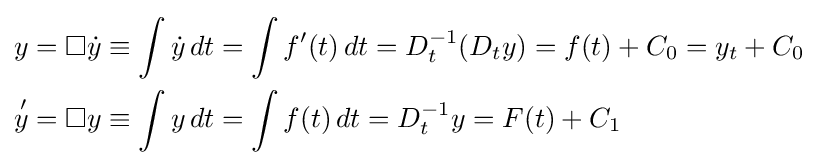
{\begin{aligned}y&=\Box {\dot {y}}\equiv \int {\dot {y}}\,dt=\int f'(t)\,dt=D_{t}^{-1}(D_{t}y)=f(t)+C_{0}=y_{t}+C_{0}\\{\overset {\,\prime }{y}}&=\Box y\equiv \int y\,dt=\int f(t)\,dt=D_{t}^{-1}y=F(t)+C_{1}\end{aligned}}